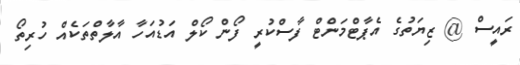
ރައީސް @ ޒިޔަތުގެ އެޕާޓްމަންޓް ފާސްކުރީ ފޯން ކޯލް އަޑުއަހާ އާލާތްތަކެއް ހުރިތޯ